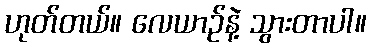
ဟုတ်တယ်။ လေယာဉ်နဲ့ သွားတာပါ။